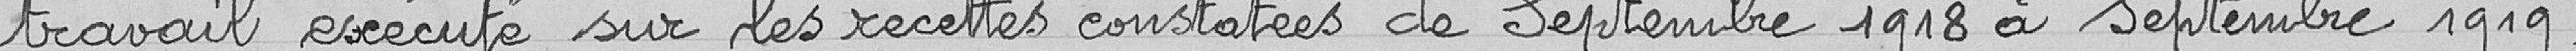
travail exécuté sur les recettes constatées de septembre 1918 à septembre 1919,